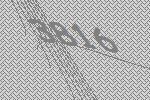
3816